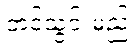
တင်သွင်းမည်